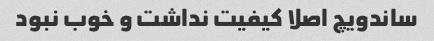
ساندویچ اصلا کیفیت نداشت و خوب نبود